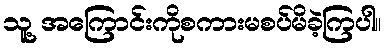
သူ့ အကြောင်းကိုစကားမစပ်မိခဲ့ကြပါ။